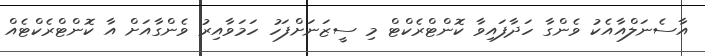
އާސެނަލްއާއެކު ވެންގާ ހަދާފައިވާ ކޮންޓްރެކްޓް މި ސީޒަނަށްފަހު ހަމަވާއިރު ވެންގާއަށް އާ ކޮންޓްރެކްޓެއް